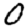
Digit: 0